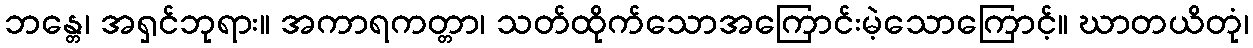
ဘန္တေ၊ အရှင်ဘုရား။ အကာရကတ္တာ၊ သတ်ထိုက်သောအကြောင်းမဲ့သောကြောင့်။ ဃာတယိတုံ၊